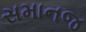
સમાનજ